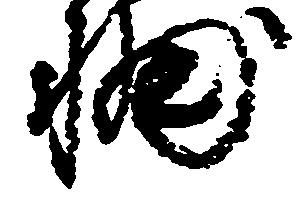
輔